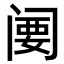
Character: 𬮲